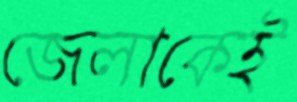
জেলাকেই